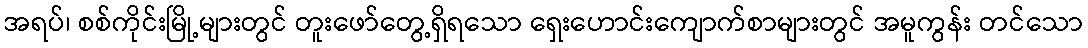
အရပ်၊ စစ်ကိုင်းမြို့များတွင် တူးဖော်တွေ့ရှိရသော ရှေးဟောင်းကျောက်စာများတွင် အမူကွန်း တင်သော